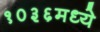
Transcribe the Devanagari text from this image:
१०३६मध्ये